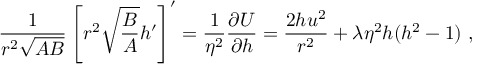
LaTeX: \frac 1 { r ^ { 2 } \sqrt { A B } } \left[ r ^ { 2 } \sqrt { \frac B A } h ^ { \prime } \right] ^ { \prime } = \frac 1 { \eta ^ { 2 } } \frac { \partial { \cal U } } { \partial h } = \frac { 2 h u ^ { 2 } } { r ^ { 2 } } + \lambda \eta ^ { 2 } h ( h ^ { 2 } - 1 ) \ ,